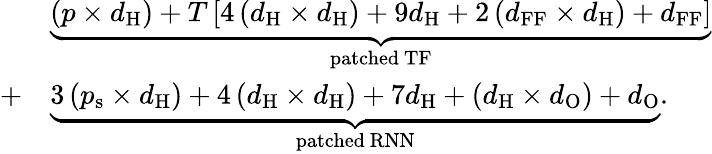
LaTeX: \begin{array}{rl}&{\underbrace{\left(p\times d_{\mathrm{H}}\right)+T\left[4\left(d_{\mathrm{H}}\times d_{\mathrm{H}}\right)+9d_{\mathrm{H}}+2\left(d_{\mathrm{FF}}\times d_{\mathrm{H}}\right)+d_{\mathrm{FF}}\right]}_{\mathrm{patched}\ \mathrm{TF}}}\\ {+}&{\underbrace{3\left(p_{\mathrm{s}}\times d_{\mathrm{H}}\right)+4\left(d_{\mathrm{H}}\times d_{\mathrm{H}}\right)+7d_{\mathrm{H}}+\left(d_{\mathrm{H}}\times d_{\mathrm{O}}\right)+d_{\mathrm{O}}}_{\mathrm{patched}\ \mathrm{RNN}}.}\end{array}